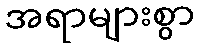
အရာများစွာ